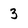
Character: 3